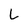
Character: L